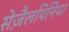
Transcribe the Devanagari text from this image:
सेज़ैलपिनिया